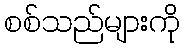
စစ်သည်များကို